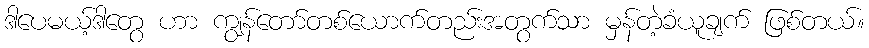
ဒါပေမယ့်ဒါတွေ ဟာ ကျွန်တော်တစ်ယောက်တည်းအတွက်သာ မှန်တဲ့ခံယူချက် ဖြစ်တယ်။